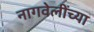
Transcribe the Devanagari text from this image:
नागवेलींच्या